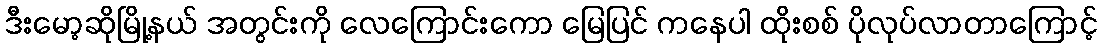
ဒီးမော့ဆိုမြို့နယ် အတွင်းကို လေကြောင်းကော မြေပြင် ကနေပါ ထိုးစစ် ပိုလုပ်လာတာကြောင့်